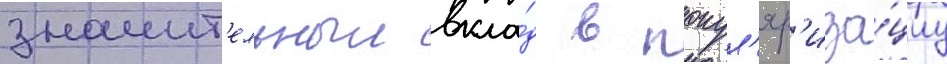
значит'ельныи вкла́д в попул'яр'иза́циу